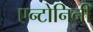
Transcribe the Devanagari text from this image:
एन्टोनिनी